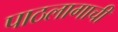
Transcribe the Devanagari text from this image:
पाठलागाची